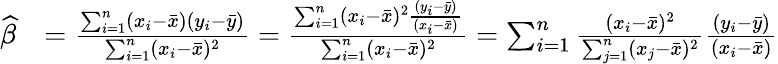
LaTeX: {\begin{array}{rl}{{\widehat{\beta}}}&{={\frac{\sum_{i=1}^{n}(x_{i}-{\bar{x}})(y_{i}-{\bar{y}})}{\sum_{i=1}^{n}(x_{i}-{\bar{x}})^{2}}}={\frac{\sum_{i=1}^{n}(x_{i}-{\bar{x}})^{2}{\frac{(y_{i}-{\bar{y}})}{(x_{i}-{\bar{x}})}}}{\sum_{i=1}^{n}(x_{i}-{\bar{x}})^{2}}}=\sum_{i=1}^{n}{\frac{(x_{i}-{\bar{x}})^{2}}{\sum_{j=1}^{n}(x_{j}-{\bar{x}})^{2}}}{\frac{(y_{i}-{\bar{y}})}{(x_{i}-{\bar{x}})}}}\end{array}}